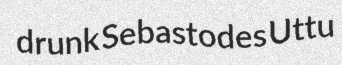
drunk Sebastodes Uttu